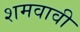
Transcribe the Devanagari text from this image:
शमवावी